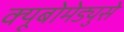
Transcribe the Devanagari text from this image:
क्यूबोमेड्युसे